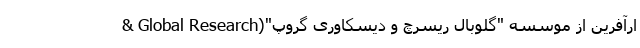
ارآفرین از موسسه "گلوبال ریسرچ و دیسکاوری گروپ"(Global Research &